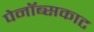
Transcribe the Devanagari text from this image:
पेनॉब्सकाट